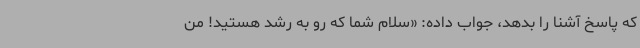
که پاسخ آشنا را بدهد، جواب داده: «سلام شما که رو به رشد هستید! من